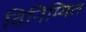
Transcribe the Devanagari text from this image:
विनिम्यित